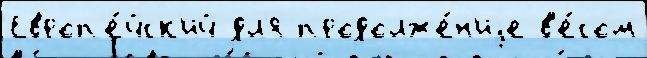
Европ'е́йск'ий дл'я продолже́н'иjе в'е́сом